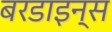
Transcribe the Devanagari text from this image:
बरडाइन्स